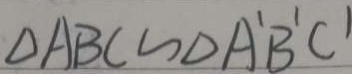
\Delta A B C \sim \Delta A ^ { \prime } B ^ { \prime } C ^ { \prime }